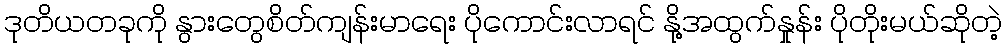
ဒုတိယတခုကို နွားတွေစိတ်ကျန်းမာရေး ပိုကောင်းလာရင် နို့အထွက်နှုန်း ပိုတိုးမယ်ဆိုတဲ့